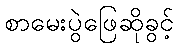
စာမေးပွဲဖြေဆိုခွင့်